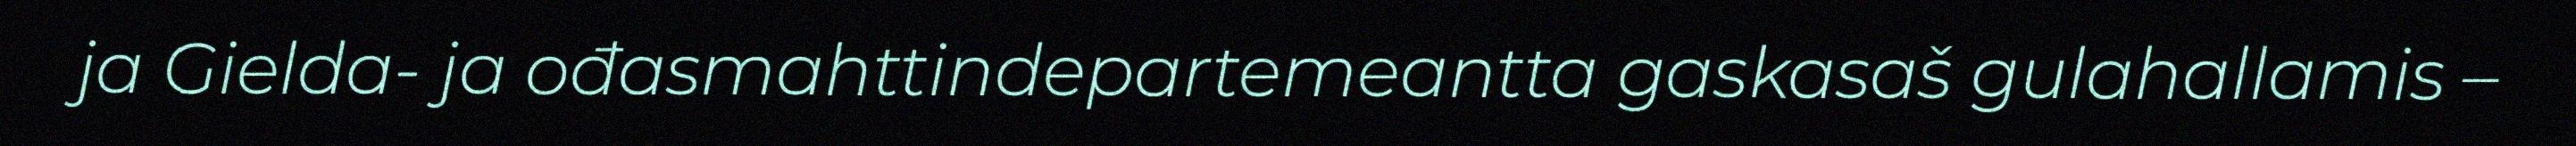
ja Gielda- ja ođasmahttindepartemeantta gaskasaš gulahallamis –